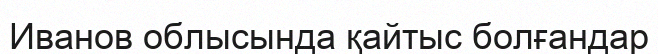
Иванов облысында қайтыс болғандар